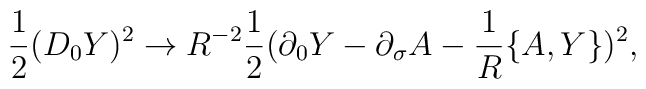
{1\over 2}(D_0 Y)^2\rightarrow R^{-2}{1\over 2}(\partial_0 Y-\partial_{\sigma}A -{1\over R}\{A, Y\})^2 ,